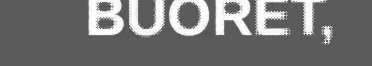
BUORET,